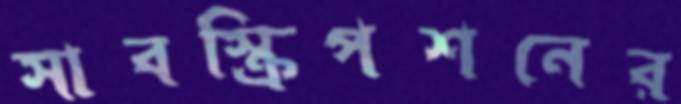
সাবস্ক্রিপশনের